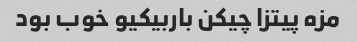
مزه پیتزا چیکن باربیکیو خوب بود